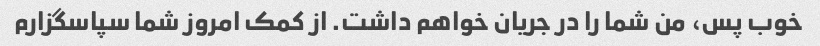
خوب پس، من شما را در جریان خواهم داشت. از کمک امروز شما سپاسگزارم